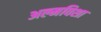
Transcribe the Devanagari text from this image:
अल्मविशा